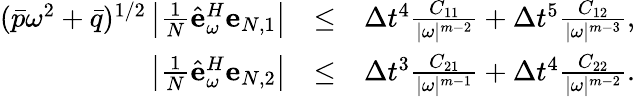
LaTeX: \begin{array}{rlr}{(\bar{p}\omega^{2}+\bar{q})^{1/2}\left|\frac{1}{N}\hat{\mathbf e}_{\omega}^{H}{\mathbf e}_{N,1}\right|}&{\leq}&{\Delta t^{4}\frac{C_{11}}{|\omega|^{m-2}}+\Delta t^{5}\frac{C_{12}}{|\omega|^{m-3}},}\\ {\left|\frac{1}{N}\hat{\mathbf e}_{\omega}^{H}{\mathbf e}_{N,2}\right|}&{\leq}&{\Delta t^{3}\frac{C_{21}}{|\omega|^{m-1}}+\Delta t^{4}\frac{C_{22}}{|\omega|^{m-2}}.}\end{array}